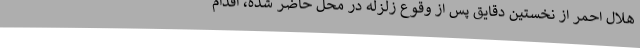
هلال احمر از نخستین دقایق پس از وقوع زلزله در محل حاضر شده، اقدام